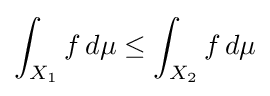
\int _{X_{1}}f\,d\mu \leq \int _{X_{2}}f\,d\mu